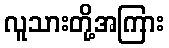
လူသားတို့အကြား